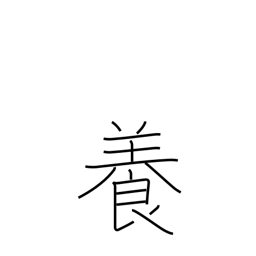
Meaning: nurture